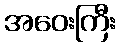
အဝေးကြီး